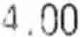
4.00